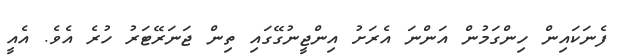
ފެނަކައިން ހިންގަމުން އަންނަ އެރަށު އިންޖީނުގޭގައި ތިން ޖަނަރޭޓަރު ހުރެ އެވެ. އެއީ